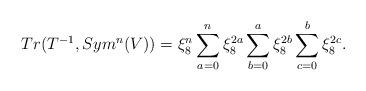
LaTeX: \begin{align*}Tr(T^{-1}, Sym^n(V)) &= \xi_8^n \sum_{a=0}^n \xi_8^{2a} \sum_{b=0}^a \xi_8^{2b} \sum_{c=0}^b \xi_8^{2c}. \end{align*}